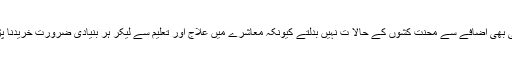
لیکن کسی بھی اضافے سے محنت کشوں کے حالا ت نہیں بدلتے کیونکہ معاشرے میں علاج اور تعلیم سے لیکر ہر بنیادی ضرورت خریدنا پڑتی ہے ۔